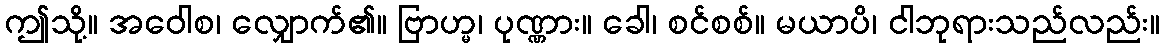
ဤသို့။ အဝေါစ၊ လျှောက်၏။ ဗြာဟ္မ၊ ပုဏ္ဏား။ ခေါ၊ စင်စစ်။ မယာပိ၊ ငါဘုရားသည်လည်း။